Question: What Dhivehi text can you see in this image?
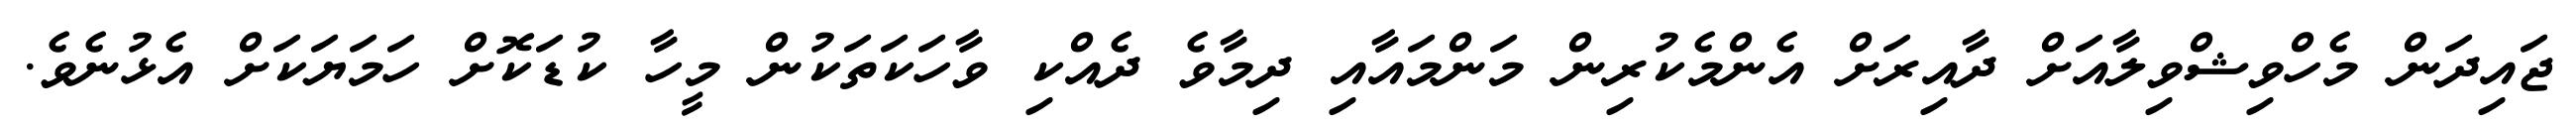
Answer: ޖައިދަން މެހްވިޝްވިލާއަށް ދާއިރަށް އެންމެކުރިން މަންމައާއި ދިމާވެ ދެއްކި ވާހަކަތަކުން މީހާ ކުޑަކޮށް ހަމަޔަކަށް އެޅުނެވެ.